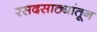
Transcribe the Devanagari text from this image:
रसदसाठ्यांतून